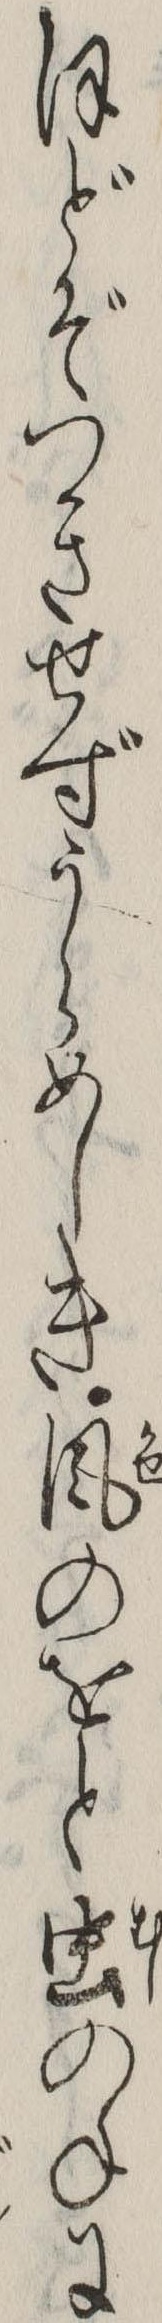
ほどぞつきせずうらめしき風のをと虫のねに